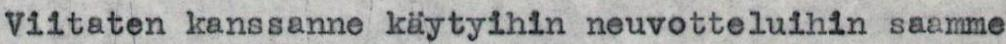
Viitaten kanssanne käytyihin neuvotteluihin saamme